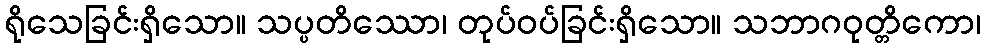
ရိုသေခြင်းရှိသော။ သပ္ပတိဿော၊ တုပ်ဝပ်ခြင်းရှိသော။ သဘာဂဝုတ္တိကော၊